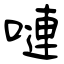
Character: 嗹